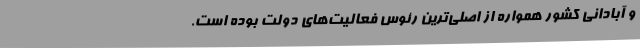
و آبادانی کشور همواره از اصلی‌ترین رئوس فعالیت‌های دولت بوده است.